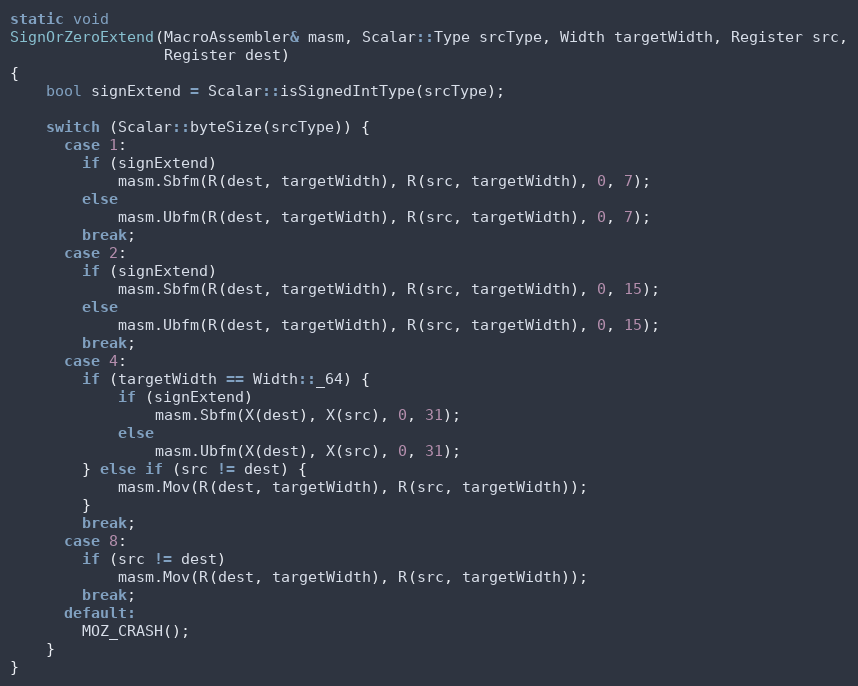
Language: C++
static void
SignOrZeroExtend(MacroAssembler& masm, Scalar::Type srcType, Width targetWidth, Register src,
                 Register dest)
{
    bool signExtend = Scalar::isSignedIntType(srcType);

    switch (Scalar::byteSize(srcType)) {
      case 1:
        if (signExtend)
            masm.Sbfm(R(dest, targetWidth), R(src, targetWidth), 0, 7);
        else
            masm.Ubfm(R(dest, targetWidth), R(src, targetWidth), 0, 7);
        break;
      case 2:
        if (signExtend)
            masm.Sbfm(R(dest, targetWidth), R(src, targetWidth), 0, 15);
        else
            masm.Ubfm(R(dest, targetWidth), R(src, targetWidth), 0, 15);
        break;
      case 4:
        if (targetWidth == Width::_64) {
            if (signExtend)
                masm.Sbfm(X(dest), X(src), 0, 31);
            else
                masm.Ubfm(X(dest), X(src), 0, 31);
        } else if (src != dest) {
            masm.Mov(R(dest, targetWidth), R(src, targetWidth));
        }
        break;
      case 8:
        if (src != dest)
            masm.Mov(R(dest, targetWidth), R(src, targetWidth));
        break;
      default:
        MOZ_CRASH();
    }
}